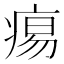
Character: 痬